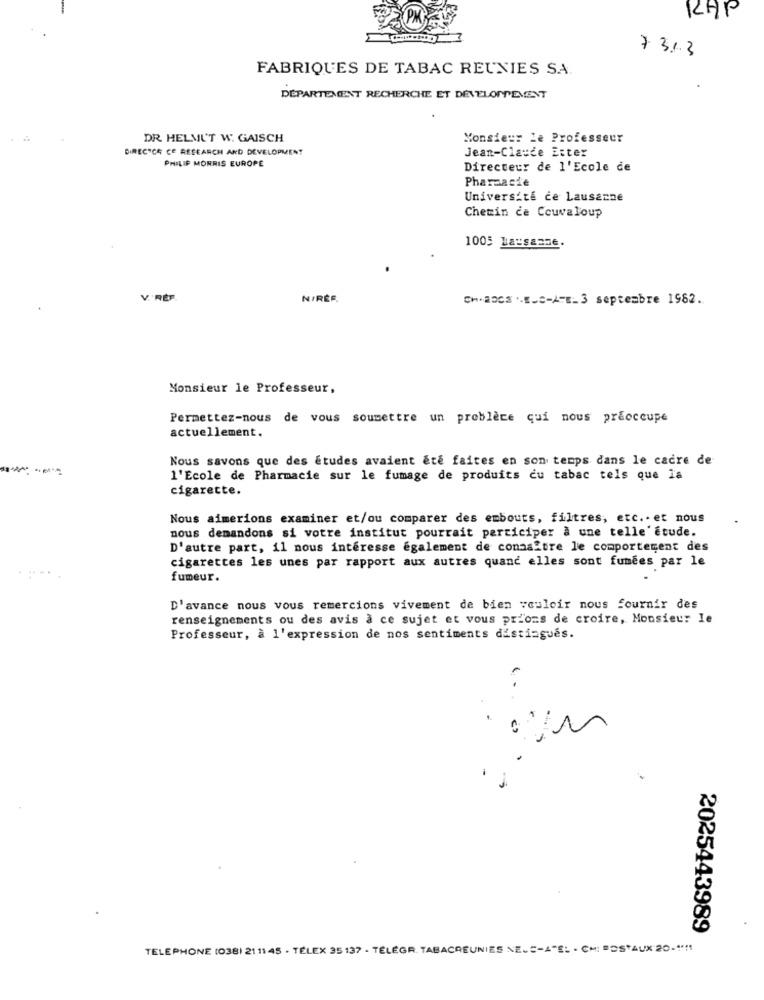
RAP
7 3.1.3
FABRIQUES DE TABAC REUNIES SA.
DÉPARTEMENT RECHERCHE ET DÉVELOPPEMENT
DR HELMUT W. GAISCH
Monsieur le Professeur
DIRECTCE CE RESEARCH AND DEVELOPMENT
Jean-Claude Etter
PHILIP MORRIS EUROPE
Directeur de l'Ecole de
Pharmacie
Université de Lausanne
Chemin de Couvaloup
1005 la-saane.
V.'RÉF.
N/RÉF.
Chia003 E_c-ATE_3 septembre 1982.
Monsieur le Professeur,
Permettez-nous de vous soumettre un problece qui nous preoccupe
actuellement.
Nous savons que des études avaient été faites en son temps dans le cadre de
l'Ecole de Pharmacie sur le fumage de produits du tabac tels que la
cigarette.
Nous aimerions examiner et/ou comparer des embouts, filtres, etc .. et nous
nous demandons si votre institut pourrait participer à une telle'Étude.
D'autre part, il nous intéresse également de connaître le comportement des
cigarettes les unes par rapport aux autres quand elles sont fumees par le
fumeur.
D'avance nous vous remercions vivement de bien vouloir nous fournir des
renseignements ou des avis à ce sujet et vous prions de croire, Monsieur le
Professeur, à l'expression de nos sentiments distingués.
. .
2025443989
TELEPHONE (038) 21 11 45 . TELEX 35 137 . TELEGR. TABACRÉUNIES NE. C-A-EL - CM: "DS"AUX 20-" !!